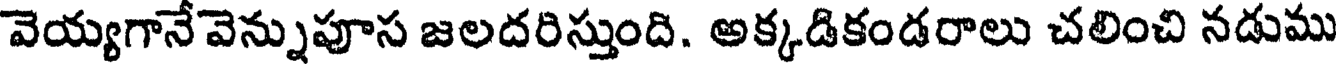
వెయ్యగానేవెన్నుపూస జలదరిస్తుంది. అక్కడికండరాలు చలించి నడుము